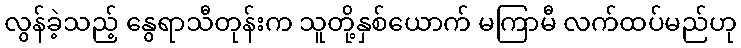
လွန်ခဲ့သည့် နွေရာသီတုန်းက သူတို့နှစ်ယောက် မကြာမီ လက်ထပ်မည်ဟု